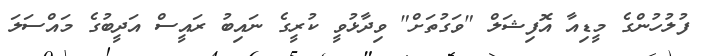
ފުލުހުންގެ މީޑިއާ އޮފިޝަލް "ވަގުތަށް" ވިދާޅުވީ ކުރީގެ ނައިބު ރައީސް އަދީބުގެ މައްސަލަ